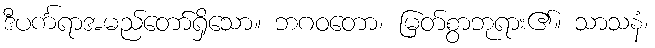
ဒီပင်္ကရာအမည်တော်ရှိသော။ ဘဂဝတော၊ မြတ်စွာဘုရား၏။ သာသနံ၊